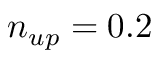
n _ { u p } = 0 . 2